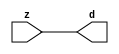

//------> /package/eda/mg/Catapult_10.3d/Mgc_home/pkgs/siflibs/mgc_in_wire_v2.v 
//------------------------------------------------------------------------------
// Catapult Synthesis - Sample I/O Port Library
//
// Copyright (c) 2003-2017 Mentor Graphics Corp.
//       All Rights Reserved
//
// This document may be used and distributed without restriction provided that
// this copyright statement is not removed from the file and that any derivative
// work contains this copyright notice.
//
// The design information contained in this file is intended to be an example
// of the functionality which the end user may study in preparation for creating
// their own custom interfaces. This design does not necessarily present a 
// complete implementation of the named protocol or standard.
//
//------------------------------------------------------------------------------


module mgc_in_wire_v2 (d, z);

  parameter integer rscid = 1;
  parameter integer width = 8;

  output [width-1:0] d;
  input  [width-1:0] z;

  wire   [width-1:0] d;

  assign d = z;

endmodule


//------> /package/eda/mg/Catapult_10.3d/Mgc_home/pkgs/siflibs/ccs_in_v1.v 
//------------------------------------------------------------------------------
// Catapult Synthesis - Sample I/O Port Library
//
// Copyright (c) 2003-2017 Mentor Graphics Corp.
//       All Rights Reserved
//
// This document may be used and distributed without restriction provided that
// this copyright statement is not removed from the file and that any derivative
// work contains this copyright notice.
//
// The design information contained in this file is intended to be an example
// of the functionality which the end user may study in preparation for creating
// their own custom interfaces. This design does not necessarily present a 
// complete implementation of the named protocol or standard.
//
//------------------------------------------------------------------------------


module ccs_in_v1 (idat, dat);

  parameter integer rscid = 1;
  parameter integer width = 8;

  output [width-1:0] idat;
  input  [width-1:0] dat;

  wire   [width-1:0] idat;

  assign idat = dat;

endmodule


//------> /package/eda/mg/Catapult_10.3d/Mgc_home/pkgs/siflibs/ccs_out_v1.v 
//------------------------------------------------------------------------------
// Catapult Synthesis - Sample I/O Port Library
//
// Copyright (c) 2003-2015 Mentor Graphics Corp.
//       All Rights Reserved
//
// This document may be used and distributed without restriction provided that
// this copyright statement is not removed from the file and that any derivative
// work contains this copyright notice.
//
// The design information contained in this file is intended to be an example
// of the functionality which the end user may study in preparation for creating
// their own custom interfaces. This design does not necessarily present a 
// complete implementation of the named protocol or standard.
//
//------------------------------------------------------------------------------

module ccs_out_v1 (dat, idat);

  parameter integer rscid = 1;
  parameter integer width = 8;

  output   [width-1:0] dat;
  input    [width-1:0] idat;

  wire     [width-1:0] dat;

  assign dat = idat;

endmodule




//------> /package/eda/mg/Catapult_10.3d/Mgc_home/pkgs/siflibs/mgc_io_sync_v2.v 
//------------------------------------------------------------------------------
// Catapult Synthesis - Sample I/O Port Library
//
// Copyright (c) 2003-2017 Mentor Graphics Corp.
//       All Rights Reserved
//
// This document may be used and distributed without restriction provided that
// this copyright statement is not removed from the file and that any derivative
// work contains this copyright notice.
//
// The design information contained in this file is intended to be an example
// of the functionality which the end user may study in preparation for creating
// their own custom interfaces. This design does not necessarily present a 
// complete implementation of the named protocol or standard.
//
//------------------------------------------------------------------------------


module mgc_io_sync_v2 (ld, lz);
    parameter valid = 0;

    input  ld;
    output lz;

    wire   lz;

    assign lz = ld;

endmodule


//------> ./rtl.v 
// ----------------------------------------------------------------------
//  HLS HDL:        Verilog Netlister
//  HLS Version:    10.3d/815731 Production Release
//  HLS Date:       Wed Apr 24 14:54:19 PDT 2019
// 
//  Generated by:   695r48@ecegrid-thin4.ecn.purdue.edu
//  Generated date: Wed Nov 10 16:28:58 2021
// ----------------------------------------------------------------------

// 
// ------------------------------------------------------------------
//  Design Unit:    fir_core_core_fsm
//  FSM Module
// ------------------------------------------------------------------


module fir_core_core_fsm (
  clk, rst, fsm_output
);
  input clk;
  input rst;
  output [2:0] fsm_output;
  reg [2:0] fsm_output;


  // FSM State Type Declaration for fir_core_core_fsm_1
  parameter
    main_C_0 = 2'd0,
    main_C_1 = 2'd1,
    main_C_2 = 2'd2;

  reg [1:0] state_var;
  reg [1:0] state_var_NS;


  // Interconnect Declarations for Component Instantiations 
  always @(*)
  begin : fir_core_core_fsm_1
    case (state_var)
      main_C_1 : begin
        fsm_output = 3'b010;
        state_var_NS = main_C_2;
      end
      main_C_2 : begin
        fsm_output = 3'b100;
        state_var_NS = main_C_0;
      end
      // main_C_0
      default : begin
        fsm_output = 3'b001;
        state_var_NS = main_C_1;
      end
    endcase
  end

  always @(posedge clk) begin
    if ( rst ) begin
      state_var <= main_C_0;
    end
    else begin
      state_var <= state_var_NS;
    end
  end

endmodule

// ------------------------------------------------------------------
//  Design Unit:    fir_core
// ------------------------------------------------------------------


module fir_core (
  clk, rst, coeffs_rsc_z, coeffs_rsc_triosy_lz, in1_rsc_dat, in1_rsc_triosy_lz, out1_rsc_dat,
      out1_rsc_triosy_lz
);
  input clk;
  input rst;
  input [511:0] coeffs_rsc_z;
  output coeffs_rsc_triosy_lz;
  input [15:0] in1_rsc_dat;
  output in1_rsc_triosy_lz;
  output [15:0] out1_rsc_dat;
  output out1_rsc_triosy_lz;


  // Interconnect Declarations
  wire [511:0] coeffs_rsci_d;
  wire [15:0] in1_rsci_idat;
  reg [15:0] out1_rsci_idat;
  reg out1_rsc_triosy_obj_ld;
  wire [2:0] fsm_output;
  wire or_tmp;
  reg main_stage_0_2;
  reg [159:0] reg_MAC_io_read_coeffs_rsc_cse_255_0_ftd_96;
  reg reg_in1_rsc_triosy_obj_ld_cse;
  wire [29:0] z_out;
  wire [30:0] nl_z_out;
  wire [29:0] z_out_1;
  wire [30:0] nl_z_out_1;
  wire [29:0] z_out_2;
  wire signed [32:0] nl_z_out_2;
  wire [29:0] z_out_3;
  wire signed [32:0] nl_z_out_3;
  wire [29:0] z_out_4;
  wire signed [32:0] nl_z_out_4;
  wire [29:0] z_out_5;
  wire signed [32:0] nl_z_out_5;
  wire [29:0] z_out_6;
  wire signed [32:0] nl_z_out_6;
  wire [29:0] z_out_7;
  wire signed [32:0] nl_z_out_7;
  reg [15:0] regs_15_sva;
  reg [15:0] regs_16_sva;
  reg [15:0] regs_14_sva;
  reg [15:0] regs_17_sva;
  reg [15:0] regs_13_sva;
  reg [15:0] regs_18_sva;
  reg [15:0] regs_12_sva;
  reg [15:0] regs_19_sva;
  reg [15:0] regs_11_sva;
  reg [15:0] regs_20_sva;
  reg [15:0] regs_10_sva;
  reg [15:0] regs_21_sva;
  reg [15:0] regs_9_sva;
  reg [15:0] regs_22_sva;
  reg [15:0] regs_8_sva;
  reg [15:0] regs_23_sva;
  reg [15:0] regs_7_sva;
  reg [15:0] regs_24_sva;
  reg [15:0] regs_6_sva;
  reg [15:0] regs_25_sva;
  reg [15:0] regs_5_sva;
  reg [15:0] regs_26_sva;
  reg [15:0] regs_4_sva;
  reg [15:0] regs_27_sva;
  reg [15:0] regs_3_sva;
  reg [15:0] regs_28_sva;
  reg [15:0] regs_2_sva;
  reg [15:0] regs_29_sva;
  reg [15:0] regs_1_sva;
  reg [15:0] regs_30_sva;
  reg [15:0] regs_0_sva;
  reg [16:0] MAC_1_acc_3_itm;
  wire [17:0] nl_MAC_1_acc_3_itm;
  reg [16:0] MAC_2_acc_3_itm;
  wire [17:0] nl_MAC_2_acc_3_itm;
  reg [16:0] MAC_3_acc_3_itm;
  wire [17:0] nl_MAC_3_acc_3_itm;
  reg [16:0] MAC_4_acc_3_itm;
  wire [17:0] nl_MAC_4_acc_3_itm;
  reg [16:0] MAC_5_acc_3_itm;
  wire [17:0] nl_MAC_5_acc_3_itm;
  reg [16:0] MAC_6_acc_3_itm;
  wire [17:0] nl_MAC_6_acc_3_itm;
  reg [16:0] MAC_7_acc_3_itm;
  wire [17:0] nl_MAC_7_acc_3_itm;
  reg [16:0] MAC_8_acc_3_itm;
  wire [17:0] nl_MAC_8_acc_3_itm;
  reg [16:0] MAC_9_acc_3_itm;
  wire [17:0] nl_MAC_9_acc_3_itm;
  reg [16:0] MAC_10_acc_3_itm;
  reg [29:0] MAC_10_mul_itm;
  reg [29:0] MAC_11_mul_itm;
  reg [29:0] MAC_13_mul_itm;
  reg [29:0] MAC_14_mul_itm;
  reg [29:0] MAC_15_mul_itm;
  reg [29:0] MAC_16_mul_itm;
  wire [29:0] MAC_acc_13_mx0w2;
  wire [30:0] nl_MAC_acc_13_mx0w2;

  wire[29:0] MAC_16_acc_2_nl;
  wire[30:0] nl_MAC_16_acc_2_nl;
  wire[29:0] MAC_acc_11_nl;
  wire[30:0] nl_MAC_acc_11_nl;
  wire[29:0] MAC_acc_7_nl;
  wire[30:0] nl_MAC_acc_7_nl;
  wire[29:0] MAC_acc_10_nl;
  wire[30:0] nl_MAC_acc_10_nl;
  wire[29:0] MAC_15_mul_nl;
  wire signed [32:0] nl_MAC_15_mul_nl;
  wire[16:0] MAC_15_acc_3_nl;
  wire[17:0] nl_MAC_15_acc_3_nl;
  wire[29:0] MAC_acc_9_nl;
  wire[30:0] nl_MAC_acc_9_nl;
  wire[29:0] MAC_16_mul_nl;
  wire signed [32:0] nl_MAC_16_mul_nl;
  wire[16:0] MAC_16_acc_3_nl;
  wire[17:0] nl_MAC_16_acc_3_nl;
  wire[29:0] MAC_acc_8_nl;
  wire[30:0] nl_MAC_acc_8_nl;
  wire[29:0] MAC_11_mul_nl;
  wire signed [32:0] nl_MAC_11_mul_nl;
  wire[16:0] MAC_11_acc_3_nl;
  wire[17:0] nl_MAC_11_acc_3_nl;
  wire[16:0] MAC_10_acc_3_nl;
  wire[17:0] nl_MAC_10_acc_3_nl;
  wire[29:0] MAC_12_mul_nl;
  wire signed [32:0] nl_MAC_12_mul_nl;
  wire[16:0] MAC_12_acc_3_nl;
  wire[17:0] nl_MAC_12_acc_3_nl;
  wire[29:0] MAC_mux_19_nl;
  wire[29:0] MAC_acc_21_nl;
  wire[30:0] nl_MAC_acc_21_nl;
  wire[29:0] MAC_mux_20_nl;
  wire[15:0] MAC_mux_21_nl;
  wire[16:0] MAC_mux_22_nl;
  wire[16:0] MAC_13_acc_4_nl;
  wire[17:0] nl_MAC_13_acc_4_nl;
  wire[15:0] MAC_mux_23_nl;
  wire[16:0] MAC_mux_24_nl;
  wire[15:0] MAC_mux_25_nl;
  wire[16:0] MAC_mux_26_nl;
  wire[15:0] MAC_mux_27_nl;
  wire[16:0] MAC_mux_28_nl;
  wire[16:0] MAC_14_acc_4_nl;
  wire[17:0] nl_MAC_14_acc_4_nl;
  wire[15:0] MAC_mux_29_nl;
  wire[16:0] MAC_mux_30_nl;
  wire[15:0] MAC_mux_31_nl;
  wire[16:0] MAC_mux_32_nl;

  // Interconnect Declarations for Component Instantiations 
  mgc_in_wire_v2 #(.rscid(32'sd1),
  .width(32'sd512)) coeffs_rsci (
      .d(coeffs_rsci_d),
      .z(coeffs_rsc_z)
    );
  ccs_in_v1 #(.rscid(32'sd2),
  .width(32'sd16)) in1_rsci (
      .dat(in1_rsc_dat),
      .idat(in1_rsci_idat)
    );
  ccs_out_v1 #(.rscid(32'sd3),
  .width(32'sd16)) out1_rsci (
      .idat(out1_rsci_idat),
      .dat(out1_rsc_dat)
    );
  mgc_io_sync_v2 #(.valid(32'sd0)) coeffs_rsc_triosy_obj (
      .ld(reg_in1_rsc_triosy_obj_ld_cse),
      .lz(coeffs_rsc_triosy_lz)
    );
  mgc_io_sync_v2 #(.valid(32'sd0)) in1_rsc_triosy_obj (
      .ld(reg_in1_rsc_triosy_obj_ld_cse),
      .lz(in1_rsc_triosy_lz)
    );
  mgc_io_sync_v2 #(.valid(32'sd0)) out1_rsc_triosy_obj (
      .ld(out1_rsc_triosy_obj_ld),
      .lz(out1_rsc_triosy_lz)
    );
  fir_core_core_fsm fir_core_core_fsm_inst (
      .clk(clk),
      .rst(rst),
      .fsm_output(fsm_output)
    );
  assign nl_MAC_acc_13_mx0w2 = MAC_13_mul_itm + MAC_14_mul_itm;
  assign MAC_acc_13_mx0w2 = nl_MAC_acc_13_mx0w2[29:0];
  assign or_tmp = ~((fsm_output[0]) & main_stage_0_2);
  always @(posedge clk) begin
    if ( rst ) begin
      out1_rsc_triosy_obj_ld <= 1'b0;
      reg_in1_rsc_triosy_obj_ld_cse <= 1'b0;
      main_stage_0_2 <= 1'b0;
      MAC_13_mul_itm <= 30'b000000000000000000000000000000;
      MAC_14_mul_itm <= 30'b000000000000000000000000000000;
      MAC_15_mul_itm <= 30'b000000000000000000000000000000;
      MAC_16_mul_itm <= 30'b000000000000000000000000000000;
      MAC_11_mul_itm <= 30'b000000000000000000000000000000;
      MAC_10_acc_3_itm <= 17'b00000000000000000;
      MAC_5_acc_3_itm <= 17'b00000000000000000;
      MAC_3_acc_3_itm <= 17'b00000000000000000;
      MAC_4_acc_3_itm <= 17'b00000000000000000;
      MAC_1_acc_3_itm <= 17'b00000000000000000;
      MAC_2_acc_3_itm <= 17'b00000000000000000;
      MAC_10_mul_itm <= 30'b000000000000000000000000000000;
    end
    else begin
      out1_rsc_triosy_obj_ld <= ~ or_tmp;
      reg_in1_rsc_triosy_obj_ld_cse <= fsm_output[0];
      main_stage_0_2 <= 1'b1;
      MAC_13_mul_itm <= MUX1HOT_v_30_3_2(z_out_2, (MAC_acc_11_nl), (MAC_acc_7_nl),
          {(fsm_output[0]) , (fsm_output[1]) , (fsm_output[2])});
      MAC_14_mul_itm <= MUX1HOT_v_30_3_2(z_out_5, (MAC_acc_10_nl), MAC_16_mul_itm,
          {(fsm_output[0]) , (fsm_output[1]) , (fsm_output[2])});
      MAC_15_mul_itm <= MUX1HOT_v_30_3_2((MAC_15_mul_nl), z_out, (MAC_acc_9_nl),
          {(fsm_output[0]) , (fsm_output[1]) , (fsm_output[2])});
      MAC_16_mul_itm <= MUX1HOT_v_30_3_2((MAC_16_mul_nl), z_out_1, (MAC_acc_8_nl),
          {(fsm_output[0]) , (fsm_output[1]) , (fsm_output[2])});
      MAC_11_mul_itm <= MUX1HOT_v_30_3_2((MAC_11_mul_nl), z_out_2, MAC_acc_13_mx0w2,
          {(fsm_output[0]) , (fsm_output[1]) , (fsm_output[2])});
      MAC_10_acc_3_itm <= MUX_v_17_2_2((MAC_10_acc_3_nl), ({1'b0 , regs_30_sva}),
          fsm_output[2]);
      MAC_5_acc_3_itm <= nl_MAC_5_acc_3_itm[16:0];
      MAC_3_acc_3_itm <= nl_MAC_3_acc_3_itm[16:0];
      MAC_4_acc_3_itm <= nl_MAC_4_acc_3_itm[16:0];
      MAC_1_acc_3_itm <= nl_MAC_1_acc_3_itm[16:0];
      MAC_2_acc_3_itm <= nl_MAC_2_acc_3_itm[16:0];
      MAC_10_mul_itm <= MUX1HOT_v_30_3_2((MAC_12_mul_nl), z_out_5, MAC_15_mul_itm,
          {(fsm_output[0]) , (fsm_output[1]) , (fsm_output[2])});
    end
  end
  always @(posedge clk) begin
    if ( rst ) begin
      out1_rsci_idat <= 16'b0000000000000000;
    end
    else if ( ~ or_tmp ) begin
      out1_rsci_idat <= readslicef_30_16_14((MAC_16_acc_2_nl));
    end
  end
  always @(posedge clk) begin
    if ( rst ) begin
      MAC_9_acc_3_itm <= 17'b00000000000000000;
    end
    else if ( fsm_output[0] ) begin
      MAC_9_acc_3_itm <= nl_MAC_9_acc_3_itm[16:0];
    end
  end
  always @(posedge clk) begin
    if ( rst ) begin
      MAC_7_acc_3_itm <= 17'b00000000000000000;
    end
    else if ( fsm_output[0] ) begin
      MAC_7_acc_3_itm <= nl_MAC_7_acc_3_itm[16:0];
    end
  end
  always @(posedge clk) begin
    if ( rst ) begin
      MAC_8_acc_3_itm <= 17'b00000000000000000;
    end
    else if ( fsm_output[0] ) begin
      MAC_8_acc_3_itm <= nl_MAC_8_acc_3_itm[16:0];
    end
  end
  always @(posedge clk) begin
    if ( rst ) begin
      MAC_6_acc_3_itm <= 17'b00000000000000000;
    end
    else if ( fsm_output[0] ) begin
      MAC_6_acc_3_itm <= nl_MAC_6_acc_3_itm[16:0];
    end
  end
  always @(posedge clk) begin
    if ( rst ) begin
      regs_1_sva <= 16'b0000000000000000;
    end
    else if ( fsm_output[0] ) begin
      regs_1_sva <= regs_0_sva;
    end
  end
  always @(posedge clk) begin
    if ( rst ) begin
      regs_0_sva <= 16'b0000000000000000;
    end
    else if ( fsm_output[0] ) begin
      regs_0_sva <= in1_rsci_idat;
    end
  end
  always @(posedge clk) begin
    if ( rst ) begin
      regs_15_sva <= 16'b0000000000000000;
    end
    else if ( fsm_output[2] ) begin
      regs_15_sva <= regs_14_sva;
    end
  end
  always @(posedge clk) begin
    if ( rst ) begin
      regs_14_sva <= 16'b0000000000000000;
    end
    else if ( fsm_output[2] ) begin
      regs_14_sva <= regs_13_sva;
    end
  end
  always @(posedge clk) begin
    if ( rst ) begin
      regs_16_sva <= 16'b0000000000000000;
    end
    else if ( fsm_output[2] ) begin
      regs_16_sva <= regs_15_sva;
    end
  end
  always @(posedge clk) begin
    if ( rst ) begin
      regs_13_sva <= 16'b0000000000000000;
    end
    else if ( fsm_output[2] ) begin
      regs_13_sva <= regs_12_sva;
    end
  end
  always @(posedge clk) begin
    if ( rst ) begin
      regs_17_sva <= 16'b0000000000000000;
    end
    else if ( fsm_output[2] ) begin
      regs_17_sva <= regs_16_sva;
    end
  end
  always @(posedge clk) begin
    if ( rst ) begin
      regs_12_sva <= 16'b0000000000000000;
    end
    else if ( fsm_output[2] ) begin
      regs_12_sva <= regs_11_sva;
    end
  end
  always @(posedge clk) begin
    if ( rst ) begin
      regs_18_sva <= 16'b0000000000000000;
    end
    else if ( fsm_output[2] ) begin
      regs_18_sva <= regs_17_sva;
    end
  end
  always @(posedge clk) begin
    if ( rst ) begin
      regs_11_sva <= 16'b0000000000000000;
    end
    else if ( fsm_output[2] ) begin
      regs_11_sva <= regs_10_sva;
    end
  end
  always @(posedge clk) begin
    if ( rst ) begin
      regs_19_sva <= 16'b0000000000000000;
    end
    else if ( fsm_output[2] ) begin
      regs_19_sva <= regs_18_sva;
    end
  end
  always @(posedge clk) begin
    if ( rst ) begin
      regs_10_sva <= 16'b0000000000000000;
    end
    else if ( fsm_output[2] ) begin
      regs_10_sva <= regs_9_sva;
    end
  end
  always @(posedge clk) begin
    if ( rst ) begin
      regs_20_sva <= 16'b0000000000000000;
    end
    else if ( fsm_output[2] ) begin
      regs_20_sva <= regs_19_sva;
    end
  end
  always @(posedge clk) begin
    if ( rst ) begin
      regs_9_sva <= 16'b0000000000000000;
    end
    else if ( fsm_output[2] ) begin
      regs_9_sva <= regs_8_sva;
    end
  end
  always @(posedge clk) begin
    if ( rst ) begin
      regs_21_sva <= 16'b0000000000000000;
    end
    else if ( fsm_output[2] ) begin
      regs_21_sva <= regs_20_sva;
    end
  end
  always @(posedge clk) begin
    if ( rst ) begin
      regs_8_sva <= 16'b0000000000000000;
    end
    else if ( fsm_output[2] ) begin
      regs_8_sva <= regs_7_sva;
    end
  end
  always @(posedge clk) begin
    if ( rst ) begin
      regs_22_sva <= 16'b0000000000000000;
    end
    else if ( fsm_output[2] ) begin
      regs_22_sva <= regs_21_sva;
    end
  end
  always @(posedge clk) begin
    if ( rst ) begin
      regs_7_sva <= 16'b0000000000000000;
    end
    else if ( fsm_output[2] ) begin
      regs_7_sva <= regs_6_sva;
    end
  end
  always @(posedge clk) begin
    if ( rst ) begin
      regs_23_sva <= 16'b0000000000000000;
    end
    else if ( fsm_output[2] ) begin
      regs_23_sva <= regs_22_sva;
    end
  end
  always @(posedge clk) begin
    if ( rst ) begin
      regs_6_sva <= 16'b0000000000000000;
    end
    else if ( fsm_output[2] ) begin
      regs_6_sva <= regs_5_sva;
    end
  end
  always @(posedge clk) begin
    if ( rst ) begin
      regs_24_sva <= 16'b0000000000000000;
    end
    else if ( fsm_output[2] ) begin
      regs_24_sva <= regs_23_sva;
    end
  end
  always @(posedge clk) begin
    if ( rst ) begin
      regs_5_sva <= 16'b0000000000000000;
    end
    else if ( fsm_output[2] ) begin
      regs_5_sva <= regs_4_sva;
    end
  end
  always @(posedge clk) begin
    if ( rst ) begin
      regs_25_sva <= 16'b0000000000000000;
    end
    else if ( fsm_output[2] ) begin
      regs_25_sva <= regs_24_sva;
    end
  end
  always @(posedge clk) begin
    if ( rst ) begin
      regs_4_sva <= 16'b0000000000000000;
    end
    else if ( fsm_output[2] ) begin
      regs_4_sva <= regs_3_sva;
    end
  end
  always @(posedge clk) begin
    if ( rst ) begin
      regs_26_sva <= 16'b0000000000000000;
    end
    else if ( fsm_output[2] ) begin
      regs_26_sva <= regs_25_sva;
    end
  end
  always @(posedge clk) begin
    if ( rst ) begin
      regs_3_sva <= 16'b0000000000000000;
    end
    else if ( fsm_output[2] ) begin
      regs_3_sva <= regs_2_sva;
    end
  end
  always @(posedge clk) begin
    if ( rst ) begin
      regs_27_sva <= 16'b0000000000000000;
    end
    else if ( fsm_output[2] ) begin
      regs_27_sva <= regs_26_sva;
    end
  end
  always @(posedge clk) begin
    if ( rst ) begin
      regs_2_sva <= 16'b0000000000000000;
    end
    else if ( fsm_output[2] ) begin
      regs_2_sva <= regs_1_sva;
    end
  end
  always @(posedge clk) begin
    if ( rst ) begin
      regs_28_sva <= 16'b0000000000000000;
    end
    else if ( fsm_output[2] ) begin
      regs_28_sva <= regs_27_sva;
    end
  end
  always @(posedge clk) begin
    if ( rst ) begin
      regs_29_sva <= 16'b0000000000000000;
    end
    else if ( fsm_output[2] ) begin
      regs_29_sva <= regs_28_sva;
    end
  end
  always @(posedge clk) begin
    if ( rst ) begin
      regs_30_sva <= 16'b0000000000000000;
    end
    else if ( fsm_output[2] ) begin
      regs_30_sva <= regs_29_sva;
    end
  end
  always @(posedge clk) begin
    if ( rst ) begin
      reg_MAC_io_read_coeffs_rsc_cse_255_0_ftd_96 <= 160'b0000000000000000000000000000000000000000000000000000000000000000000000000000000000000000000000000000000000000000000000000000000000000000000000000000000000000000;
    end
    else if ( fsm_output[0] ) begin
      reg_MAC_io_read_coeffs_rsc_cse_255_0_ftd_96 <= coeffs_rsci_d[159:0];
    end
  end
  assign nl_MAC_acc_11_nl = z_out_3 + z_out_4;
  assign MAC_acc_11_nl = nl_MAC_acc_11_nl[29:0];
  assign nl_MAC_acc_7_nl = z_out_3 + MAC_10_mul_itm;
  assign MAC_acc_7_nl = nl_MAC_acc_7_nl[29:0];
  assign nl_MAC_acc_10_nl = z_out_6 + z_out_7;
  assign MAC_acc_10_nl = nl_MAC_acc_10_nl[29:0];
  assign nl_MAC_15_acc_3_nl = conv_s2s_16_17(regs_14_sva) + conv_s2s_16_17(regs_17_sva);
  assign MAC_15_acc_3_nl = nl_MAC_15_acc_3_nl[16:0];
  assign nl_MAC_15_mul_nl = $signed((MAC_15_acc_3_nl)) * $signed((coeffs_rsci_d[239:224]));
  assign MAC_15_mul_nl = nl_MAC_15_mul_nl[29:0];
  assign nl_MAC_acc_9_nl = MAC_11_mul_itm + z_out_4;
  assign MAC_acc_9_nl = nl_MAC_acc_9_nl[29:0];
  assign nl_MAC_16_acc_3_nl = conv_s2s_16_17(regs_15_sva) + conv_s2s_16_17(regs_16_sva);
  assign MAC_16_acc_3_nl = nl_MAC_16_acc_3_nl[16:0];
  assign nl_MAC_16_mul_nl = $signed((MAC_16_acc_3_nl)) * $signed((coeffs_rsci_d[255:240]));
  assign MAC_16_mul_nl = nl_MAC_16_mul_nl[29:0];
  assign nl_MAC_acc_8_nl = z_out_6 + z_out_7;
  assign MAC_acc_8_nl = nl_MAC_acc_8_nl[29:0];
  assign nl_MAC_11_acc_3_nl = conv_s2s_16_17(regs_10_sva) + conv_s2s_16_17(regs_21_sva);
  assign MAC_11_acc_3_nl = nl_MAC_11_acc_3_nl[16:0];
  assign nl_MAC_11_mul_nl = $signed((MAC_11_acc_3_nl)) * $signed((coeffs_rsci_d[175:160]));
  assign MAC_11_mul_nl = nl_MAC_11_mul_nl[29:0];
  assign nl_MAC_10_acc_3_nl = conv_s2s_16_17(regs_9_sva) + conv_s2s_16_17(regs_22_sva);
  assign MAC_10_acc_3_nl = nl_MAC_10_acc_3_nl[16:0];
  assign nl_MAC_5_acc_3_itm  = conv_s2s_16_17(regs_4_sva) + conv_s2s_16_17(regs_27_sva);
  assign nl_MAC_3_acc_3_itm  = conv_s2s_16_17(regs_1_sva) + conv_s2s_16_17(regs_29_sva);
  assign nl_MAC_4_acc_3_itm  = conv_s2s_16_17(regs_3_sva) + conv_s2s_16_17(regs_28_sva);
  assign nl_MAC_1_acc_3_itm  = conv_s2s_16_17(in1_rsci_idat) + conv_s2s_16_17(MAC_10_acc_3_itm[15:0]);
  assign nl_MAC_2_acc_3_itm  = conv_s2s_16_17(regs_0_sva) + conv_s2s_16_17(regs_30_sva);
  assign nl_MAC_12_acc_3_nl = conv_s2s_16_17(regs_11_sva) + conv_s2s_16_17(regs_20_sva);
  assign MAC_12_acc_3_nl = nl_MAC_12_acc_3_nl[16:0];
  assign nl_MAC_12_mul_nl = $signed((MAC_12_acc_3_nl)) * $signed((coeffs_rsci_d[191:176]));
  assign MAC_12_mul_nl = nl_MAC_12_mul_nl[29:0];
  assign nl_MAC_16_acc_2_nl = z_out + z_out_1;
  assign MAC_16_acc_2_nl = nl_MAC_16_acc_2_nl[29:0];
  assign nl_MAC_9_acc_3_itm  = conv_s2s_16_17(regs_8_sva) + conv_s2s_16_17(regs_23_sva);
  assign nl_MAC_7_acc_3_itm  = conv_s2s_16_17(regs_6_sva) + conv_s2s_16_17(regs_25_sva);
  assign nl_MAC_8_acc_3_itm  = conv_s2s_16_17(regs_7_sva) + conv_s2s_16_17(regs_24_sva);
  assign nl_MAC_6_acc_3_itm  = conv_s2s_16_17(regs_5_sva) + conv_s2s_16_17(regs_26_sva);
  assign MAC_mux_19_nl = MUX_v_30_2_2(MAC_11_mul_itm, MAC_acc_13_mx0w2, fsm_output[1]);
  assign nl_MAC_acc_21_nl = MAC_15_mul_itm + MAC_16_mul_itm;
  assign MAC_acc_21_nl = nl_MAC_acc_21_nl[29:0];
  assign nl_z_out = (MAC_mux_19_nl) + (MAC_acc_21_nl);
  assign z_out = nl_z_out[29:0];
  assign MAC_mux_20_nl = MUX_v_30_2_2(MAC_acc_13_mx0w2, MAC_11_mul_itm, fsm_output[1]);
  assign nl_z_out_1 = (MAC_mux_20_nl) + MAC_10_mul_itm;
  assign z_out_1 = nl_z_out_1[29:0];
  assign MAC_mux_21_nl = MUX_v_16_2_2((coeffs_rsci_d[207:192]), (reg_MAC_io_read_coeffs_rsc_cse_255_0_ftd_96[79:64]),
      fsm_output[1]);
  assign nl_MAC_13_acc_4_nl = conv_s2s_16_17(regs_12_sva) + conv_s2s_16_17(regs_19_sva);
  assign MAC_13_acc_4_nl = nl_MAC_13_acc_4_nl[16:0];
  assign MAC_mux_22_nl = MUX_v_17_2_2((MAC_13_acc_4_nl), MAC_5_acc_3_itm, fsm_output[1]);
  assign nl_z_out_2 = $signed((MAC_mux_21_nl)) * $signed((MAC_mux_22_nl));
  assign z_out_2 = nl_z_out_2[29:0];
  assign MAC_mux_23_nl = MUX_v_16_2_2((reg_MAC_io_read_coeffs_rsc_cse_255_0_ftd_96[15:0]),
      (reg_MAC_io_read_coeffs_rsc_cse_255_0_ftd_96[143:128]), fsm_output[2]);
  assign MAC_mux_24_nl = MUX_v_17_2_2(MAC_1_acc_3_itm, MAC_9_acc_3_itm, fsm_output[2]);
  assign nl_z_out_3 = $signed((MAC_mux_23_nl)) * $signed((MAC_mux_24_nl));
  assign z_out_3 = nl_z_out_3[29:0];
  assign MAC_mux_25_nl = MUX_v_16_2_2((reg_MAC_io_read_coeffs_rsc_cse_255_0_ftd_96[31:16]),
      (reg_MAC_io_read_coeffs_rsc_cse_255_0_ftd_96[95:80]), fsm_output[2]);
  assign MAC_mux_26_nl = MUX_v_17_2_2(MAC_2_acc_3_itm, MAC_6_acc_3_itm, fsm_output[2]);
  assign nl_z_out_4 = $signed((MAC_mux_25_nl)) * $signed((MAC_mux_26_nl));
  assign z_out_4 = nl_z_out_4[29:0];
  assign MAC_mux_27_nl = MUX_v_16_2_2((coeffs_rsci_d[223:208]), (reg_MAC_io_read_coeffs_rsc_cse_255_0_ftd_96[159:144]),
      fsm_output[1]);
  assign nl_MAC_14_acc_4_nl = conv_s2s_16_17(regs_13_sva) + conv_s2s_16_17(regs_18_sva);
  assign MAC_14_acc_4_nl = nl_MAC_14_acc_4_nl[16:0];
  assign MAC_mux_28_nl = MUX_v_17_2_2((MAC_14_acc_4_nl), MAC_10_acc_3_itm, fsm_output[1]);
  assign nl_z_out_5 = $signed((MAC_mux_27_nl)) * $signed((MAC_mux_28_nl));
  assign z_out_5 = nl_z_out_5[29:0];
  assign MAC_mux_29_nl = MUX_v_16_2_2((reg_MAC_io_read_coeffs_rsc_cse_255_0_ftd_96[47:32]),
      (reg_MAC_io_read_coeffs_rsc_cse_255_0_ftd_96[111:96]), fsm_output[2]);
  assign MAC_mux_30_nl = MUX_v_17_2_2(MAC_3_acc_3_itm, MAC_7_acc_3_itm, fsm_output[2]);
  assign nl_z_out_6 = $signed((MAC_mux_29_nl)) * $signed((MAC_mux_30_nl));
  assign z_out_6 = nl_z_out_6[29:0];
  assign MAC_mux_31_nl = MUX_v_16_2_2((reg_MAC_io_read_coeffs_rsc_cse_255_0_ftd_96[63:48]),
      (reg_MAC_io_read_coeffs_rsc_cse_255_0_ftd_96[127:112]), fsm_output[2]);
  assign MAC_mux_32_nl = MUX_v_17_2_2(MAC_4_acc_3_itm, MAC_8_acc_3_itm, fsm_output[2]);
  assign nl_z_out_7 = $signed((MAC_mux_31_nl)) * $signed((MAC_mux_32_nl));
  assign z_out_7 = nl_z_out_7[29:0];

  function automatic [29:0] MUX1HOT_v_30_3_2;
    input [29:0] input_2;
    input [29:0] input_1;
    input [29:0] input_0;
    input [2:0] sel;
    reg [29:0] result;
  begin
    result = input_0 & {30{sel[0]}};
    result = result | ( input_1 & {30{sel[1]}});
    result = result | ( input_2 & {30{sel[2]}});
    MUX1HOT_v_30_3_2 = result;
  end
  endfunction


  function automatic [15:0] MUX_v_16_2_2;
    input [15:0] input_0;
    input [15:0] input_1;
    input [0:0] sel;
    reg [15:0] result;
  begin
    case (sel)
      1'b0 : begin
        result = input_0;
      end
      default : begin
        result = input_1;
      end
    endcase
    MUX_v_16_2_2 = result;
  end
  endfunction


  function automatic [16:0] MUX_v_17_2_2;
    input [16:0] input_0;
    input [16:0] input_1;
    input [0:0] sel;
    reg [16:0] result;
  begin
    case (sel)
      1'b0 : begin
        result = input_0;
      end
      default : begin
        result = input_1;
      end
    endcase
    MUX_v_17_2_2 = result;
  end
  endfunction


  function automatic [29:0] MUX_v_30_2_2;
    input [29:0] input_0;
    input [29:0] input_1;
    input [0:0] sel;
    reg [29:0] result;
  begin
    case (sel)
      1'b0 : begin
        result = input_0;
      end
      default : begin
        result = input_1;
      end
    endcase
    MUX_v_30_2_2 = result;
  end
  endfunction


  function automatic [15:0] readslicef_30_16_14;
    input [29:0] vector;
    reg [29:0] tmp;
  begin
    tmp = vector >> 14;
    readslicef_30_16_14 = tmp[15:0];
  end
  endfunction


  function automatic [16:0] conv_s2s_16_17 ;
    input [15:0]  vector ;
  begin
    conv_s2s_16_17 = {vector[15], vector};
  end
  endfunction

endmodule

// ------------------------------------------------------------------
//  Design Unit:    fir
// ------------------------------------------------------------------


module fir (
  clk, rst, coeffs_rsc_z, coeffs_rsc_triosy_lz, in1_rsc_dat, in1_rsc_triosy_lz, out1_rsc_dat,
      out1_rsc_triosy_lz
);
  input clk;
  input rst;
  input [511:0] coeffs_rsc_z;
  output coeffs_rsc_triosy_lz;
  input [15:0] in1_rsc_dat;
  output in1_rsc_triosy_lz;
  output [15:0] out1_rsc_dat;
  output out1_rsc_triosy_lz;



  // Interconnect Declarations for Component Instantiations 
  fir_core fir_core_inst (
      .clk(clk),
      .rst(rst),
      .coeffs_rsc_z(coeffs_rsc_z),
      .coeffs_rsc_triosy_lz(coeffs_rsc_triosy_lz),
      .in1_rsc_dat(in1_rsc_dat),
      .in1_rsc_triosy_lz(in1_rsc_triosy_lz),
      .out1_rsc_dat(out1_rsc_dat),
      .out1_rsc_triosy_lz(out1_rsc_triosy_lz)
    );
endmodule